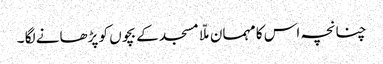
چنانچہ اس کا مہمان ملّا مسجد کے بچوں کو پڑھانے لگا ۔